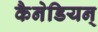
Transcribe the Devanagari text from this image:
कैनेडियन्